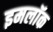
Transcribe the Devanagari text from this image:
इमलॉक